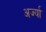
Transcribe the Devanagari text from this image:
अर्ज्या